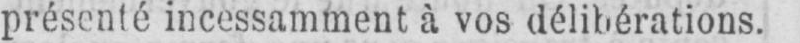
présenté incessamment à vos délibérations.